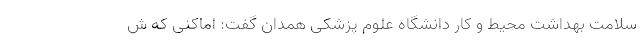
سلامت بهداشت محیط و کار دانشگاه علوم پزشکی همدان گفت: اماکنی که ش